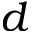
d